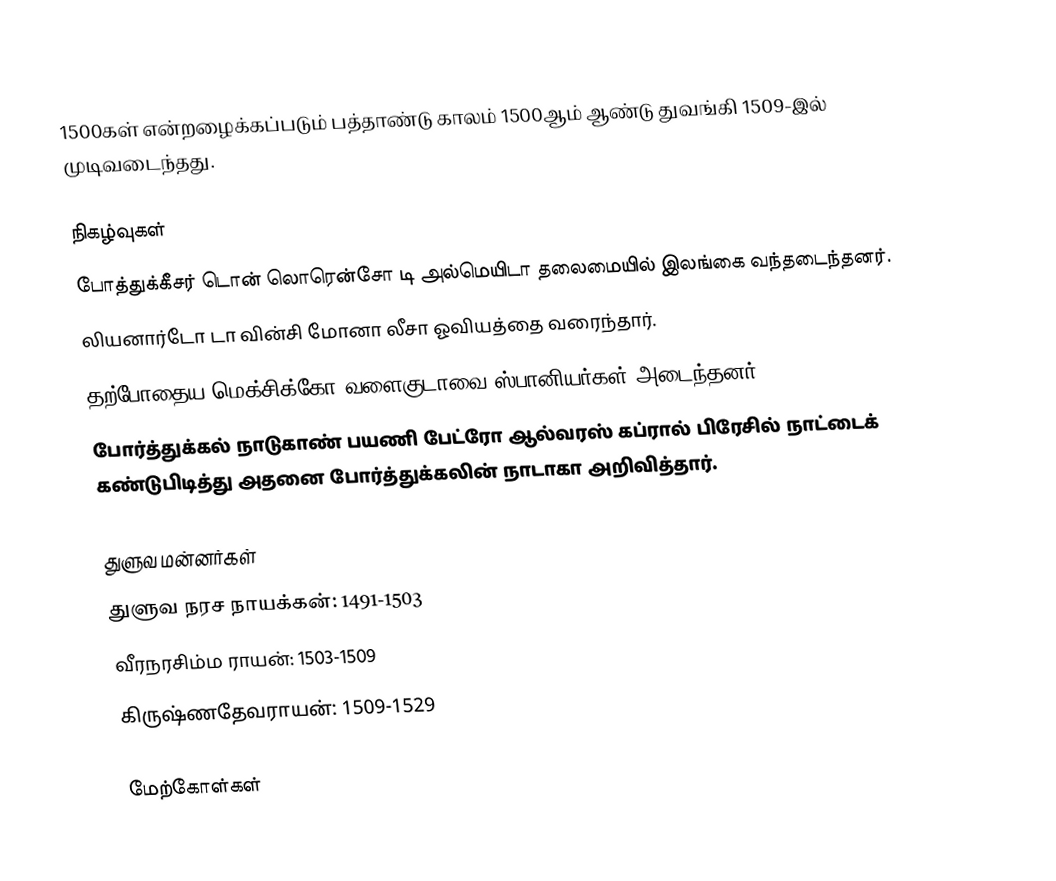
1500கள் என்றழைக்கப்படும் பத்தாண்டு காலம் 1500ஆம் ஆண்டு துவங்கி 1509-இல் முடிவடைந்தது.

நிகழ்வுகள்
 போத்துக்கீசர் டொன் லொரென்சோ டி அல்மெயிடா தலைமையில் இலங்கை வந்தடைந்தனர்.
 லியனார்டோ டா வின்சி மோனா லீசா ஓவியத்தை வரைந்தார்.
 தற்போதைய மெக்சிக்கோ வளைகுடாவை ஸ்பானியர்கள் அடைந்தனர்.
 போர்த்துக்கல் நாடுகாண் பயணி பேட்ரோ ஆல்வரஸ் கப்ரால் பிரேசில் நாட்டைக் கண்டுபிடித்து அதனை போர்த்துக்கலின் நாடாகா அறிவித்தார்.

துளுவ மன்னர்கள்
 துளுவ நரச நாயக்கன்: 1491-1503
 வீரநரசிம்ம ராயன்: 1503-1509
 கிருஷ்ணதேவராயன்: 1509-1529

மேற்கோள்கள்